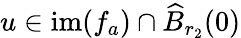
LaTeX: u\in\mathrm{im}(f_{a})\cap\widehat{B}_{r_{2}}(0)